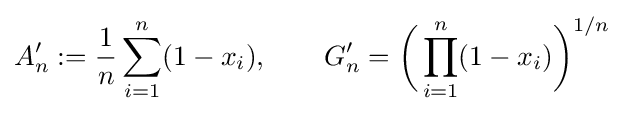
A_{n}':={\frac {1}{n}}\sum _{i=1}^{n}(1-x_{i}),\qquad G_{n}'={\biggl (}\prod _{i=1}^{n}(1-x_{i}){\biggr )}^{1/n}